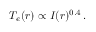
T _ { e } ( r ) \propto I ( r ) ^ { 0 . 4 } \, .